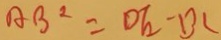
A B ^ { 2 } = D E \cdot D C